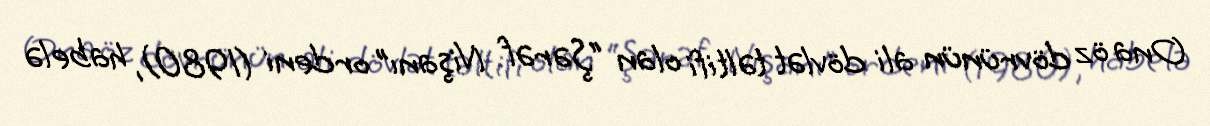
Ona öz dövrünün ali dövlət təltifi olan “Şərəf Nişanı” ordeni (1980), habelə